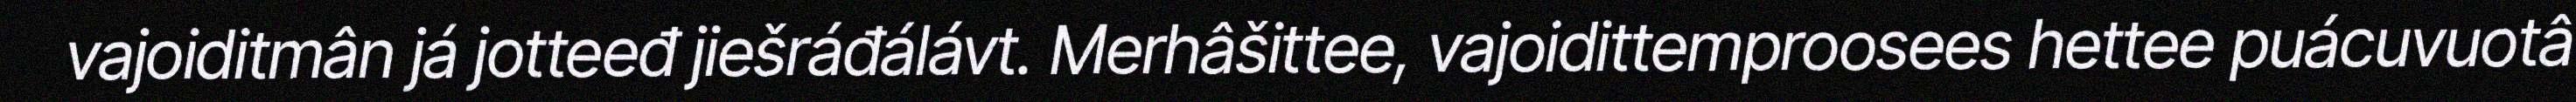
vajoiditmân já jotteeđ jiešráđálávt. Merhâšittee, vajoidittemproosees hettee puácuvuotâ